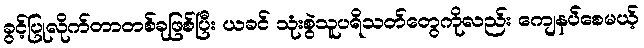
ခွင့်ပြုလိုက်တာတစ်ခုဖြစ်ပြီး ယခင် သုံးစွဲသူပရိသတ်တွေကိုလည်း ကျေနပ်စေမယ့်